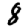
Digit: 8